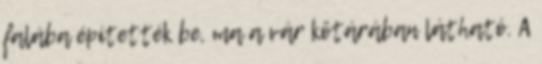
falába építették be, ma a vár kőtárában látható. A